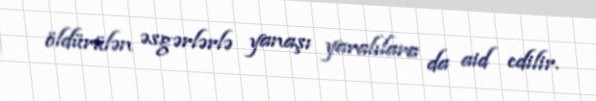
öldürülən əsgərlərlə yanaşı yaralılara da aid edilir.